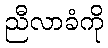
ညီလာခံကို